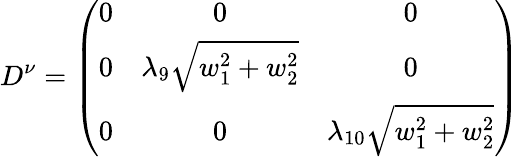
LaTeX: D^{\nu}=\left(\begin{array}{ccc}{{0}}&{{0}}&{{0}}\\ {{0}}&{{\lambda_{9}\sqrt{w_{1}^{2}+w_{2}^{2}}}}&{{0}}\\ {{0}}&{{0}}&{{\lambda_{10}\sqrt{w_{1}^{2}+w_{2}^{2}}}}\end{array}\right)